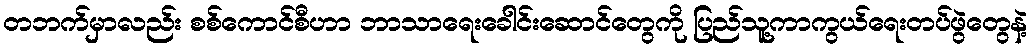
တဘက်မှာလည်း စစ်ကောင်စီဟာ ဘာသာရေးခေါင်းဆောင်တွေကို ပြည်သူ့ကာကွယ်ရေးတပ်ဖွဲတွေနဲ့